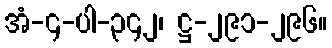
အံ-၄-ပါ-၃၄၂၊ ဋ္ဌ-၂၉၁-၂၉၆။